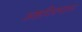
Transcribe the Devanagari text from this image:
अष्ठदिक्पाल